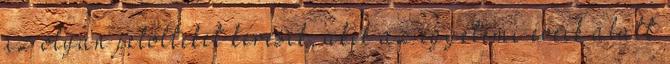
az olyan jelölteket keresik, akik az egyetemi éveik alatt